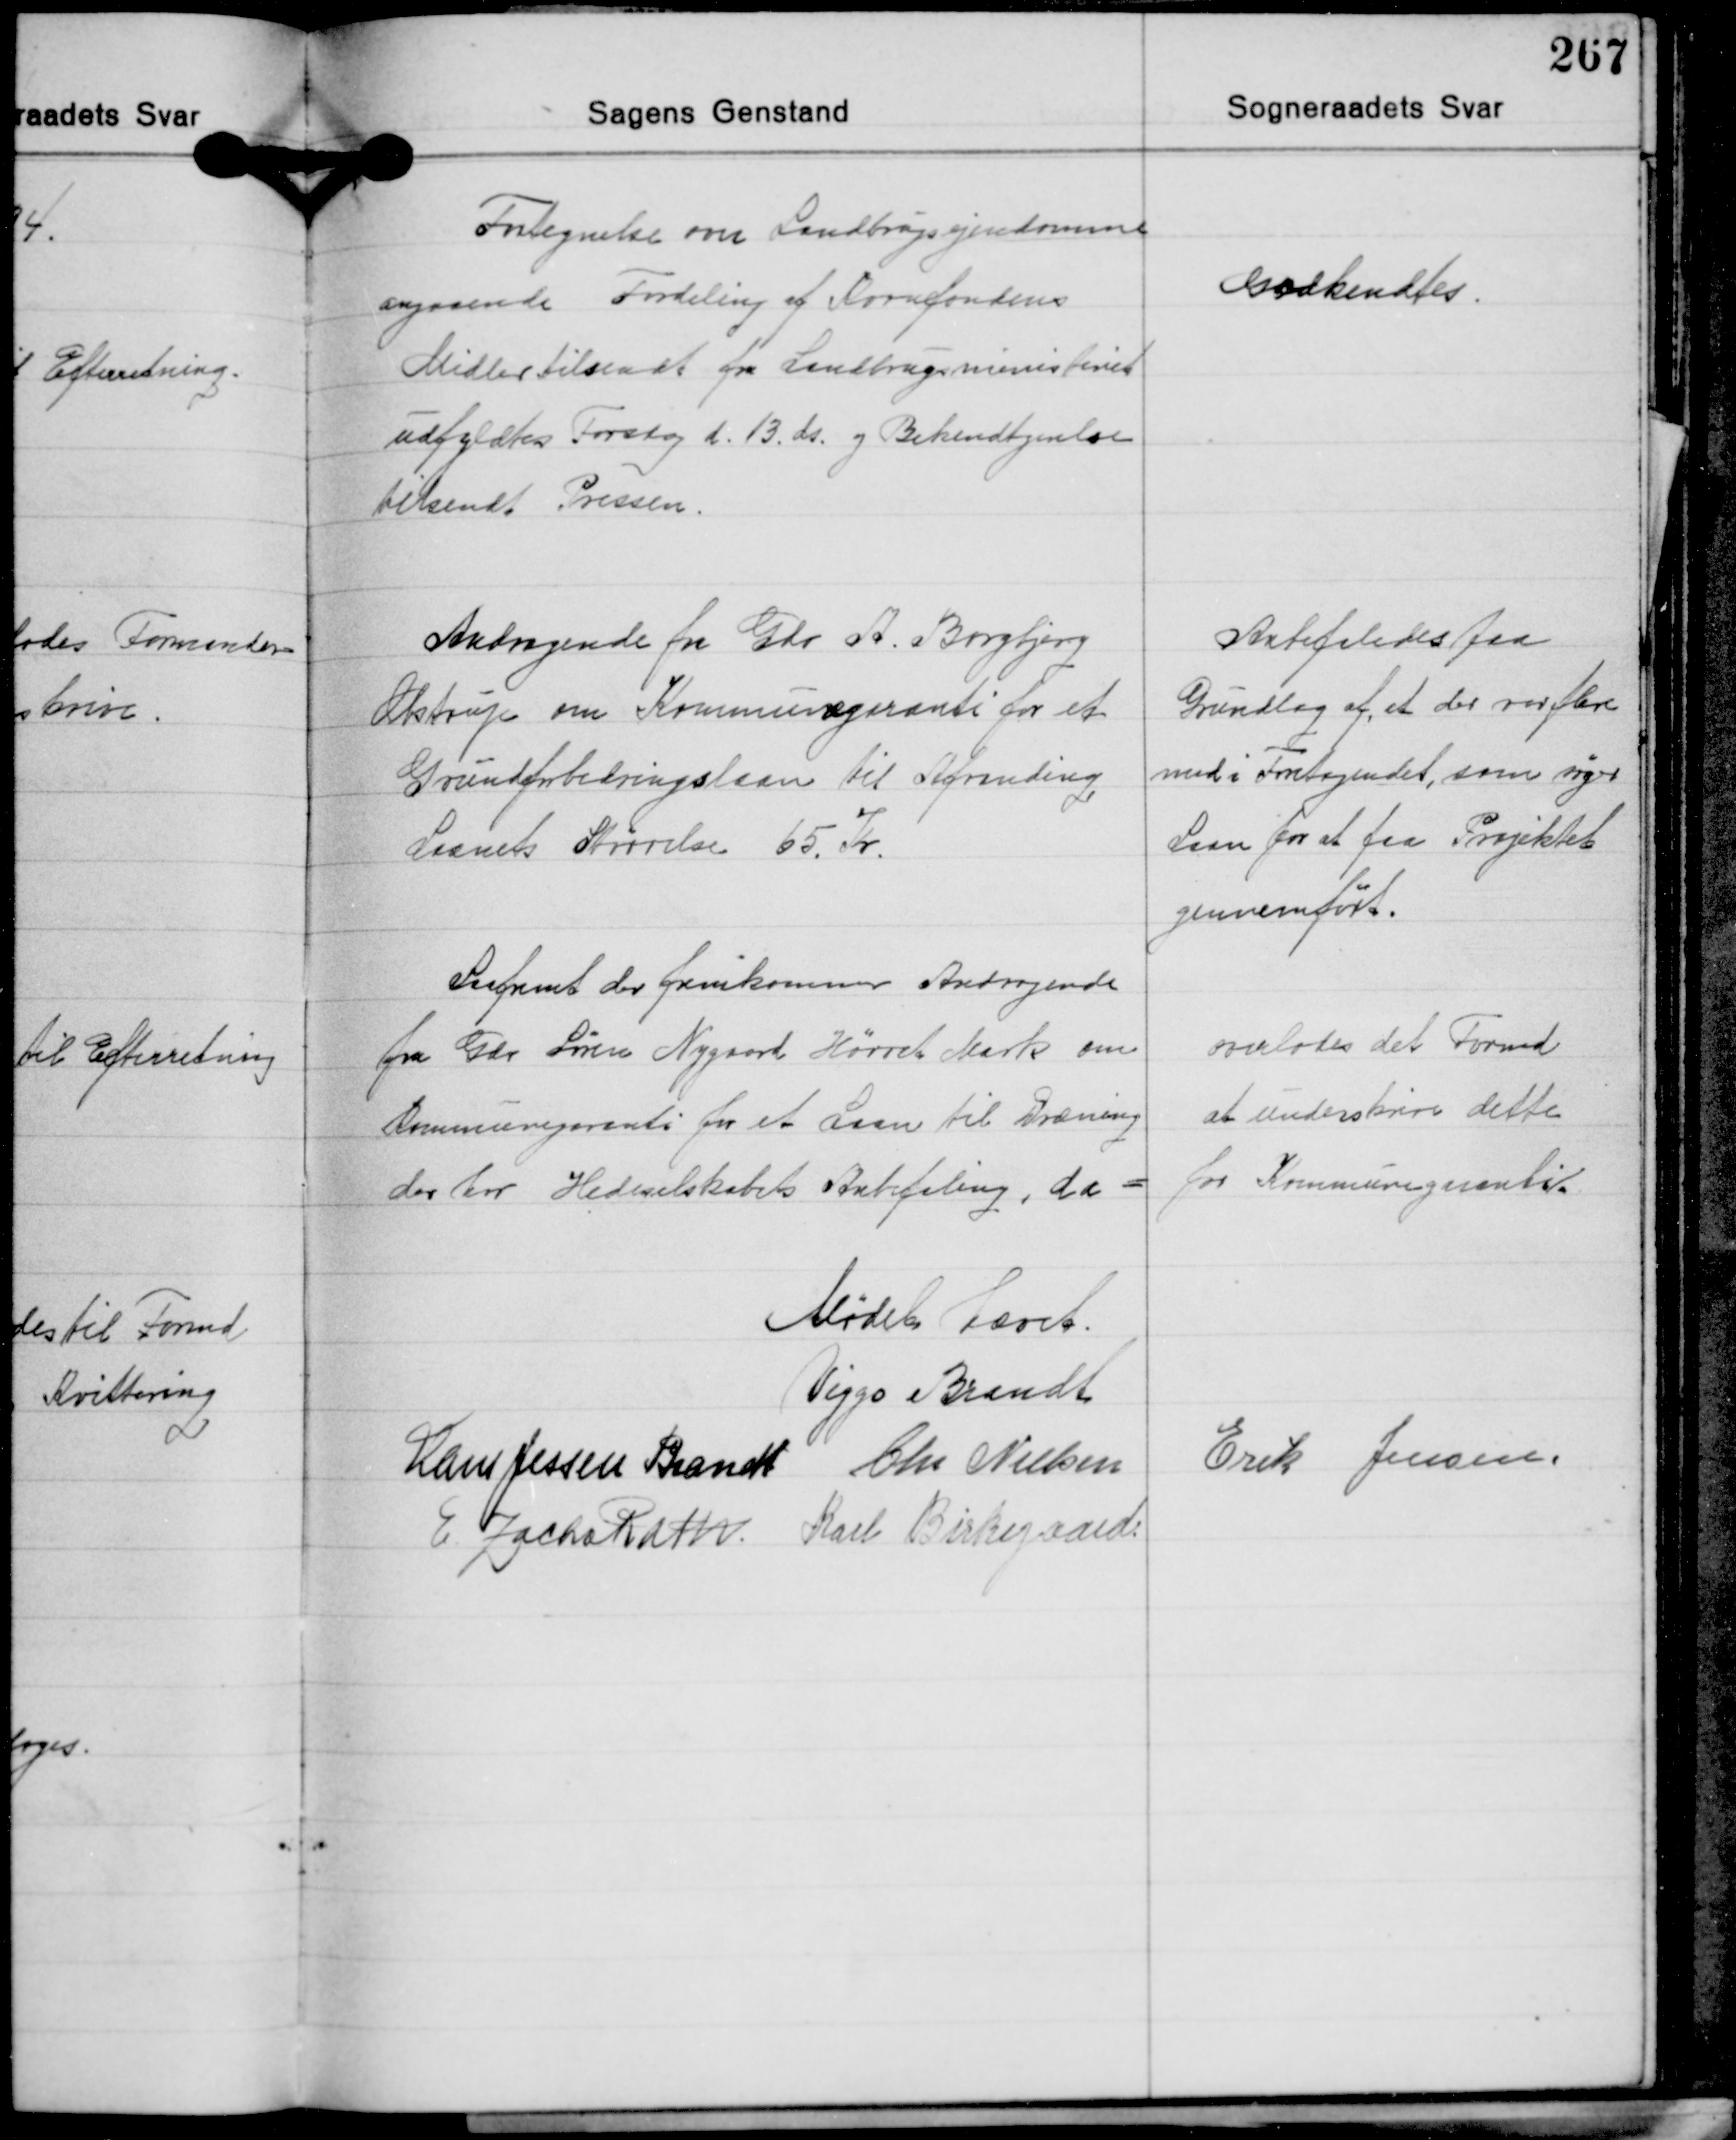
Transskription:
Fortegnelse over Landbrugsejendomme
angaaende Fordeling af Kornfondens
Midler tilsendt fra Landbrugsministeriet
udfyldtes Torsdag d. 13. ds. og Bekendtgørelse
tilsendt Pressen.

Godkendtes.

Andragende fra Gdr. A. Borgbjerg
Obstrup om Kommunegaranti for et
Grundforbedringslaan til Afvanding
Laanets Størrelse 65 Kr.

Anbefaledes paa
Grundlag af at der var flere
med i Foretagendet, som søger
Laan for at faa Projektet
gennemført.

Saafremt der fremkomner Andragende
fra Gdr. Søren Nygaard Hørret Mark om
kommunegaranti for et Laan til Dræning
der har Hedeselskabets Anbefaling, da

overlodes det Formd.
at underskrive dette
for Kommunegaranti.

Mødet hævet.
Viggo Brandt
Erik Jensen
Hans Jessen Brandt Chr. Nielsen
E. Zacho Rath Karl Birkegaard